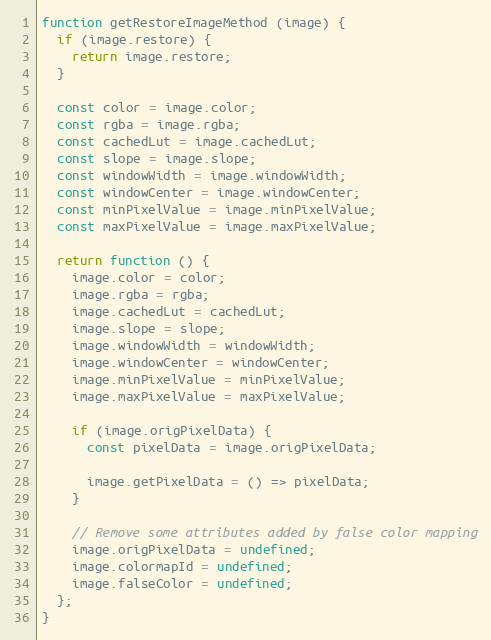
Language: JavaScript
function getRestoreImageMethod (image) {
  if (image.restore) {
    return image.restore;
  }

  const color = image.color;
  const rgba = image.rgba;
  const cachedLut = image.cachedLut;
  const slope = image.slope;
  const windowWidth = image.windowWidth;
  const windowCenter = image.windowCenter;
  const minPixelValue = image.minPixelValue;
  const maxPixelValue = image.maxPixelValue;

  return function () {
    image.color = color;
    image.rgba = rgba;
    image.cachedLut = cachedLut;
    image.slope = slope;
    image.windowWidth = windowWidth;
    image.windowCenter = windowCenter;
    image.minPixelValue = minPixelValue;
    image.maxPixelValue = maxPixelValue;

    if (image.origPixelData) {
      const pixelData = image.origPixelData;

      image.getPixelData = () => pixelData;
    }

    // Remove some attributes added by false color mapping
    image.origPixelData = undefined;
    image.colormapId = undefined;
    image.falseColor = undefined;
  };
}